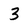
Character: 3